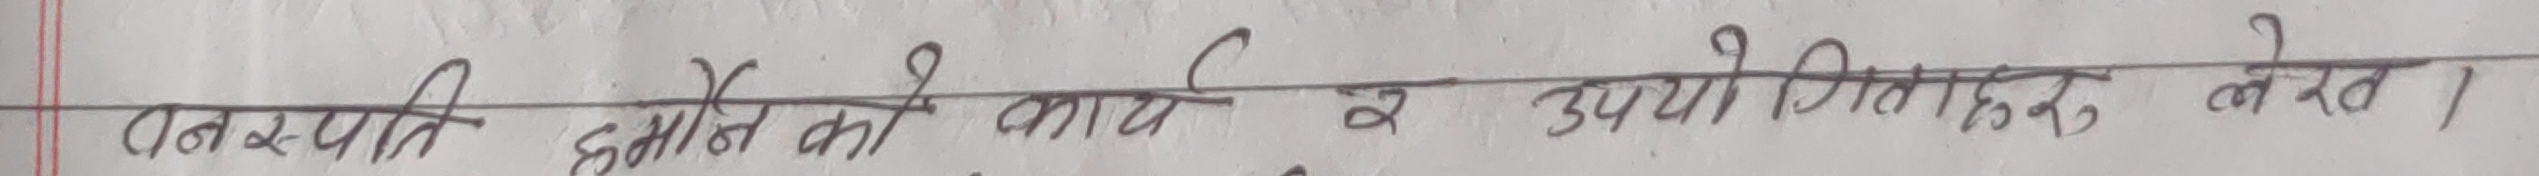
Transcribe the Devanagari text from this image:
वनस्पति हर्मोन को कार्य र उपयोगीताहरु लेख।